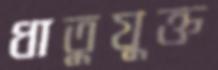
ধাতুযুক্ত